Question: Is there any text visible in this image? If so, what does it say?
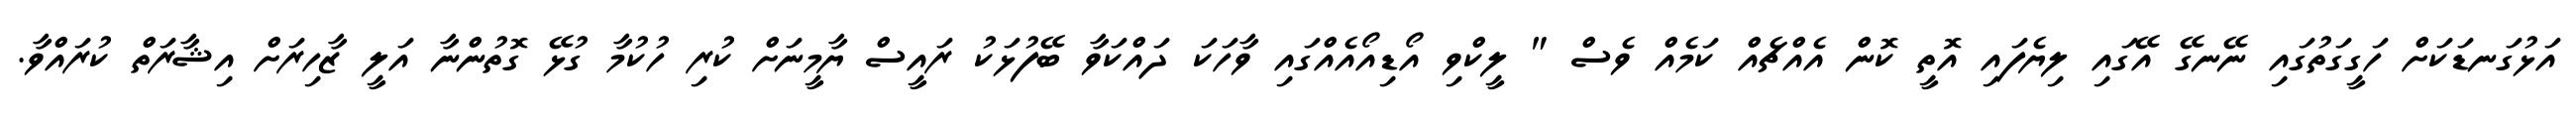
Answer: އަޅުގަނޑަކަށް ހަގީގަތުގައި ނޭނގޭ އޭގައި ލިޔެފައި އޮތީ ކޮން އެއްޗެއް ކަމެއް ވެސް " ލީކްވި އޯޑިއޯއެއްގައި ވާހަކަ ދައްކަވާ ބޭފުޅަކު ރައީސް ޔާމީނަށް ކުރި ހުކުމާ ގުޅޭ ގޮތުންނާ އަލީ ޒާހިރަށް އިޝާރަތް ކުރައްވާ.